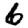
Digit: 6